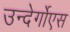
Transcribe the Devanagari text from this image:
उन्देर्गोएस